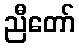
ညီတော်